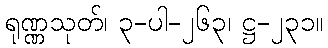
ရုဏ္ဏသုတ်၊ ၃-ပါ-၂၆၃၊ ဋ္ဌ-၂၃၁။